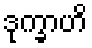
ဒုက္ခာဟိ